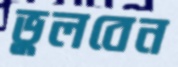
ভুলবেন